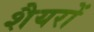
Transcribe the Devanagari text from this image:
शैयरों